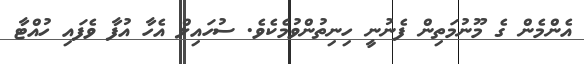
އެންމެން ގެ މޫނުމަތިން ފެނުނީ ހިނިތުންވުމެކެވެ. ސުހައިލް އެހާ އުފާ ވެފައި ހުއްޓާ